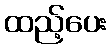
ထည့်ပေး